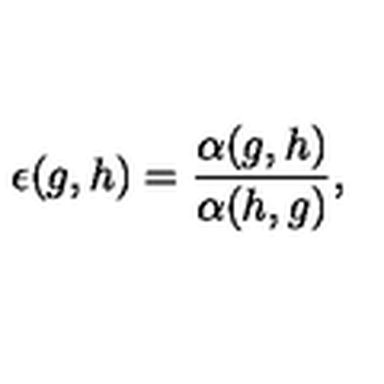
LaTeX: \epsilon ( g , h ) = \frac { \alpha ( g , h ) } { \alpha ( h , g ) } ,